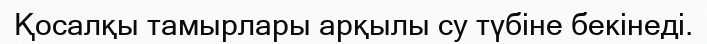
Қосалқы тамырлары арқылы су түбіне бекінеді.